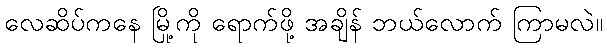
လေဆိပ်ကနေ မြို့ကို ရောက်ဖို့ အချိန် ဘယ်လောက် ကြာမလဲ။